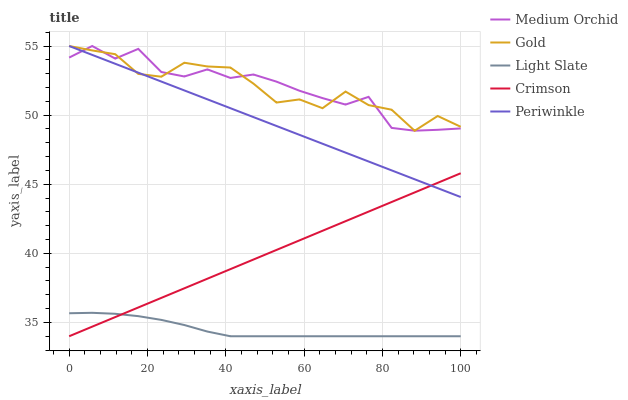
| xaxis_label | Medium Orchid | Gold | Light Slate | Crimson | Periwinkle |
 | --- | --- | --- | --- | --- | --- |
 | 0 | 54.2 | 55 | 35.7 | 34 | 55 |
 | 5.88 | 55 | 54.7 | 35.7 | 34.7 | 54.4 |
 | 11.8 | 54.1 | 54.4 | 35.6 | 35.4 | 53.7 |
 | 17.6 | 54.8 | 53 | 35.5 | 36.1 | 53.1 |
 | 23.5 | 53.1 | 52.8 | 35.2 | 36.8 | 52.4 |
 | 29.4 | 52.8 | 53.8 | 34.8 | 37.5 | 51.8 |
 | 35.3 | 53.3 | 53.5 | 34.3 | 38.2 | 51.1 |
 | 41.2 | 52.7 | 53.4 | 34 | 38.9 | 50.5 |
 | 47.1 | 52.9 | 52.3 | 34 | 39.5 | 49.9 |
 | 52.9 | 52.4 | 50.9 | 34 | 40.2 | 49.2 |
 | 58.8 | 51.8 | 51.1 | 34 | 40.9 | 48.6 |
 | 64.7 | 51.2 | 50.5 | 34 | 41.6 | 47.9 |
 | 70.6 | 50.8 | 51.7 | 34 | 42.3 | 47.3 |
 | 76.5 | 51.3 | 50.7 | 34 | 43 | 46.6 |
 | 82.4 | 49.1 | 50.4 | 34 | 43.7 | 46 |
 | 88.2 | 48.9 | 48.9 | 34 | 44.4 | 45.4 |
 | 94.1 | 48.9 | 49.9 | 34 | 45.1 | 44.7 |
 | 100 | 49 | 49.2 | 34 | 45.8 | 44.1 |